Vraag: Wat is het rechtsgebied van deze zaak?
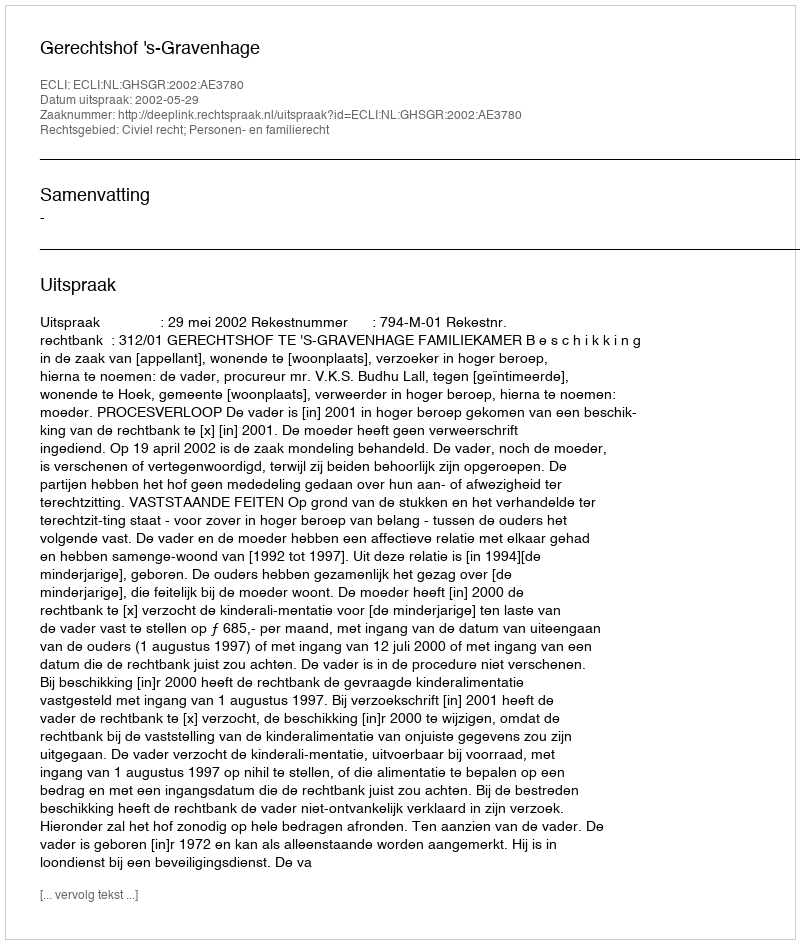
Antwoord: Civiel recht; Personen- en familierecht